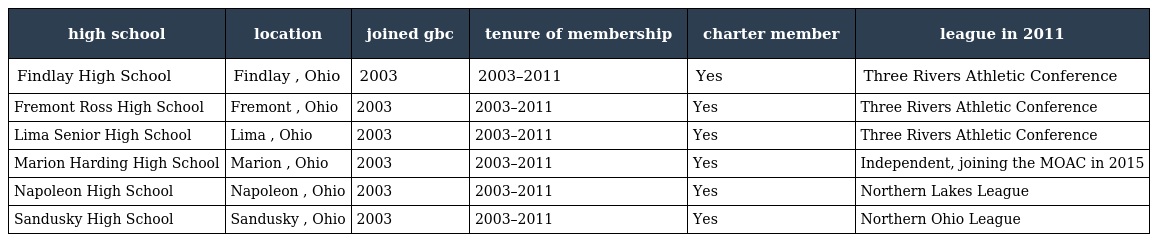
| high school | location | joined gbc | tenure of membership | charter member | league in 2011 |
 | --- | --- | --- | --- | --- | --- |
 | Findlay High School | Findlay , Ohio | 2003 | 2003–2011 | Yes | Three Rivers Athletic Conference |
 | Fremont Ross High School | Fremont , Ohio | 2003 | 2003–2011 | Yes | Three Rivers Athletic Conference |
 | Lima Senior High School | Lima , Ohio | 2003 | 2003–2011 | Yes | Three Rivers Athletic Conference |
 | Marion Harding High School | Marion , Ohio | 2003 | 2003–2011 | Yes | Independent, joining the MOAC in 2015 |
 | Napoleon High School | Napoleon , Ohio | 2003 | 2003–2011 | Yes | Northern Lakes League |
 | Sandusky High School | Sandusky , Ohio | 2003 | 2003–2011 | Yes | Northern Ohio League |